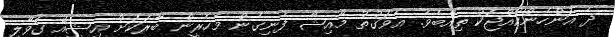
ދެ އަންހެންކުއްޖަކު ތިއްބެވެ. އެވަގުތު މާއިޝާ ފެނިގެން މެހެރީން ބާރަކަށް އިޝީއޭ ގޮވާލި